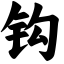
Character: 钩